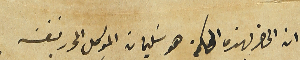
ان الحاضر بهذه المحكمة هو سليمان الموكل المحرر بنفسَه